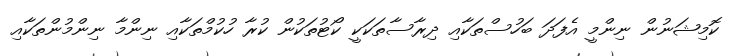
ކޮމިޝަނުން ނިންމީ އެފަދަ ބަހުސްތަކާއި ދިރާސާތަކަކީ ކޯޓުތަކުން ކުރާ ހުކުމްތަކާއި ނިންމާ ނިންމުންތަކާއި